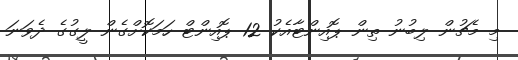
މި މެޗުން ލިބުނު ތިން ޕޮއިންޓާއެކު 12 ޕޮއިންޓް ހަމަކޮށްގެން ލީގުގެ ދެވަނަ